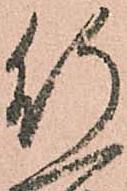
行